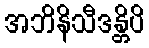
အဘိနိသီဒန္တိပိ